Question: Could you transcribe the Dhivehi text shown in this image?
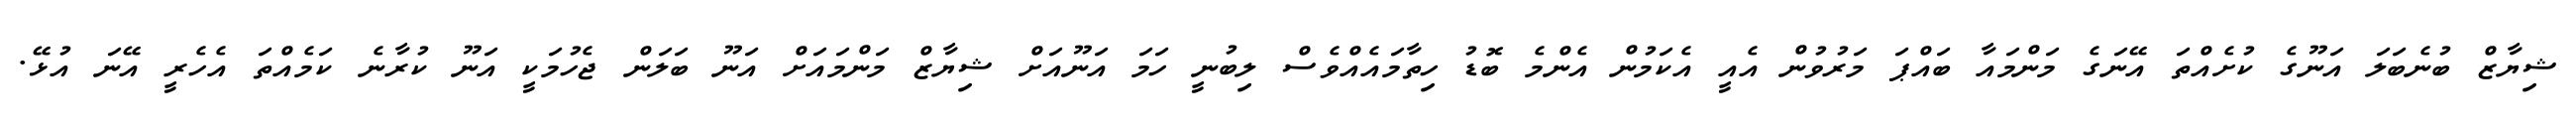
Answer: ޝިޔާޒް ބުނެބަލަ އަނޫގެ ކުށެއްތަ އޭނަގެ މަންމައާ ބައްޕަ މަރުވުން އެއީ އެކަމުން އެންމެ ބޮޑު ހިތާމައެއްވެސް ލިބުނީ ހަމަ އަނޫއަށް ޝިޔާޒް މަންމައަށް އަނޫ ބަލަން ޖެހުމަކީ އަނޫ ކުރާނެ ކަމެއްތަ އެހެރީ އޭނަ އުޅޭ.